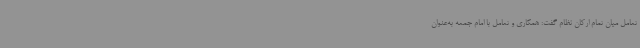
تعامل میان تمام ارکان نظام گفت: همکاری و تعامل با امام جمعه به‌عنوان